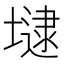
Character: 𡐡